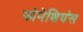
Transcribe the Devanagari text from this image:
फोनेशियंस